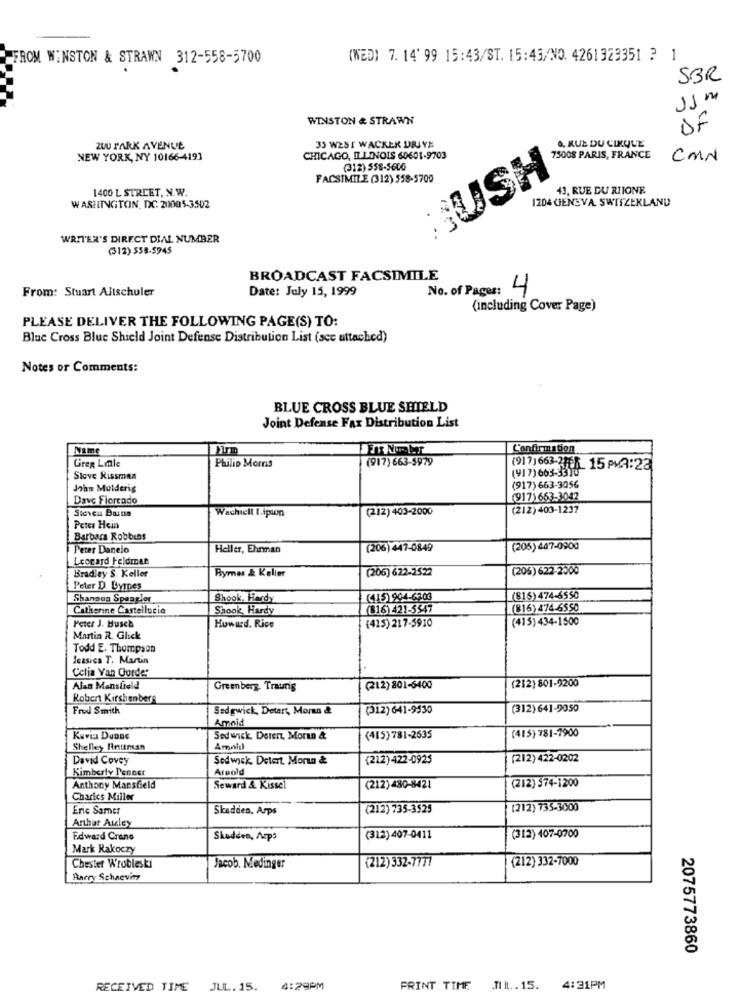
ROM WINSTON & STRAWN 312-558-5700
(WED) 7. 14' 99 15:43/ST. 15:43/NO. 4261323351 ? 1
SBR
WINSTON & STRAWN
DF
35 WEST WACKER DRJYN
ZUU PARK AVENUE
0, RUE DU CIKULE
NEW YORK, NY 10166-4193
CHICAGO, ILLINOIS 60601-9703
75008 PARIS, FRANCE
CMN
(312) 558-5600
BUSH
FACSIMILE (312) 558-5700
1400 L STREET, N.W.
43, RUE DU RIIONE
1204 GENEVA. SWITZERLAND
WASHINGTON, DC. 20005-3502
WRITER'S DIRECT DIAL NUMBER
(312) 558-5945
BROADCAST FACSIMILE
From: Stuart Alischuler
Date: July 15, 1999
No. of Pages:
4
(including Cover Page)
PLEASE DELIVER THE FOLLOWING PAGE(S) TO:
Blue Cross Blue Shield Joint Defense Distribution List (scc attached)
Notes or Comments:
BLUE CROSS BLUE SHIELD
Joint Defense Fax Distribution List
Name
Confirmation
Philip Morris
(917) 663-5979
Greg Little
(917) 663-3315
(917) 663-2168 15 PMA:23
Stove Rissman
John Mulderis
(917) 663-3056
Dave Flercado
(917)663-3042
Sicci Bains
Wachielt I.ipion
(212) 403-2000
(212) 403-1237
Peter Hein
Barbara Robbins
Peter Danelo
Heller, Ehnnan
(206) 447-0849
(205) 447-0900
Leonard Feldman
Bradley S. Keller
Rymes & Keller
(206) 622-2522
(205)622-2000
Peter D Byppes
Shanaus Spangler
Shook, Hardy
(445 904-6303
(815) 474-6550
Catherine Castellucio
Shook, Hardy
(816) 421-5547
(816) 474-6550
Peter J. Husch
(415) 217-3910
(415) 434-1500
Howard. Rice
Martin R. Glick
Todd E. Thompson
Jessica T. Martin
Celia Yan Oorde:
(212) 801-9200
Alan Mansfield
Greenberg Traurig
(212) 801-6400
Robert Kirshenbers
Fred Smith
Sedgwick, Detert, Moran &
(312) 641-9530
(312) 641-9050
Amaid
(415) 781-7900
Sed wick. Derer, Moran &
(415) 781-2635
Shelley Hinttran
Amnid
David Covey
Sedwick, Detert. Morun &
(212) 422-0923
(212) 422-0202
Kimberly Penner
Areold
Anthony Mansfield
Seward & Kissel
(212) 480-8421
(212) 374-1200
Charics Miller
Eric Samer
Skadden, Arps
(212) 735-3525
(212) 735-3000
Arthur Auley
Edward Crane
Skoddes, Acp:
(312) 407-0411
(312) 407-0700
Mark Rakoczy
Chester Wrobleski
(212) 332-7777
(212) 332-7000
Jacob. Medinger
Anery Schnevin
2075773860
RECEIVED TIME JUL. 15.
4:29PM
PRINT TIME .JUN .. 15.
4:31PM